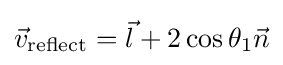
{\vec {v}}_{\mathrm {reflect} }={\vec {l}}+2\cos \theta _{1}{\vec {n}}